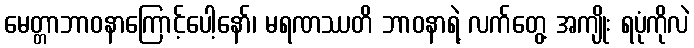
မေတ္တာဘာဝနာကြောင့်ပေါ့နော်၊ မရဏဿတိ ဘာဝနာရဲ့ လက်တွေ့ အကျိုး ရပုံကိုလဲ